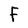
Character: F